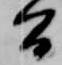
間